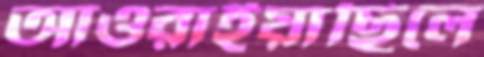
আওরাইয়াছিলে